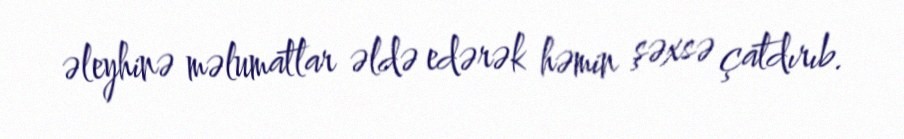
əleyhinə məlumatlar əldə edərək həmin şəxsə çatdırıb.